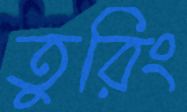
তুরিং